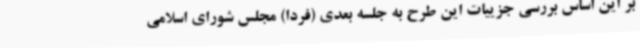
بر این اساس بررسی جزییات این طرح به جلسه بعدی (فردا) مجلس شورای اسلامی